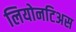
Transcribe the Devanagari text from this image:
लियोनटिअस